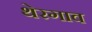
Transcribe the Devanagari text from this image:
थेरगाव